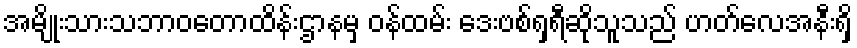
အမျိုးသားသဘာဝတောထိန်းဌာနမှ ဝန်ထမ်း ဒေးဗစ်ရှရီဆိုသူသည် ဟတ်လေအနီးရှိ